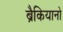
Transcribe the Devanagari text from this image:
ब्रैकियानो